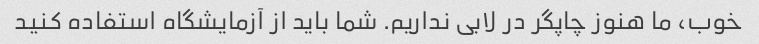
خوب، ما هنوز چاپگر در لابی نداریم. شما باید از آزمایشگاه استفاده کنید